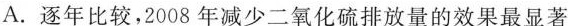
A.逐年比较，2008年减少二氧化硫排放量的效果最显著